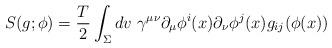
LaTeX: \begin{align*} S( g; \phi) = \frac{T}{2}\int_\Sigma dv \,\,\gamma^{\mu\nu} \partial_\mu \phi^i (x) \partial_\nu \phi^j(x) g_{ij} (\phi(x))\end{align*}